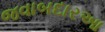
જવાબદારઆ